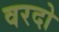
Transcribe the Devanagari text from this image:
वरदो